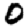
Digit: 0